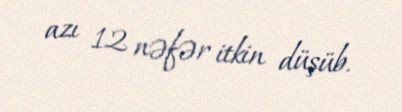
azı 12 nəfər itkin düşüb.